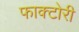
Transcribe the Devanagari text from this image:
फाक्टोरी